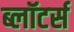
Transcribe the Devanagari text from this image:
ब्लॉटर्स